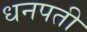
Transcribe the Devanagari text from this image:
धनपती